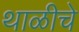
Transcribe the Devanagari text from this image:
थाळीचे